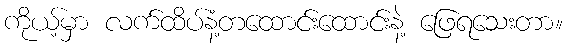
ကိုယ့်မှာ လက်ထိပ်နံ့တထောင်းထောင်းနဲ့ ဖြေရသေးတာ။